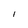
Character: I